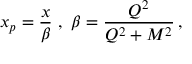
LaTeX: x _ { p } = { \frac { x } { \beta } } \, \, , \, \, \beta = { \frac { Q ^ { 2 } } { Q ^ { 2 } + M ^ { 2 } } } \, ,